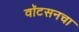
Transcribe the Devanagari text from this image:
वॉटसनचा